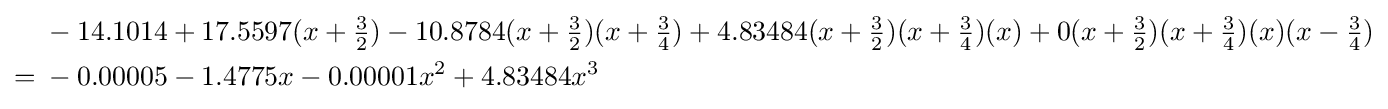
{\begin{aligned}&-14.1014+17.5597(x+{\tfrac {3}{2}})-10.8784(x+{\tfrac {3}{2}})(x+{\tfrac {3}{4}})+4.83484(x+{\tfrac {3}{2}})(x+{\tfrac {3}{4}})(x)+0(x+{\tfrac {3}{2}})(x+{\tfrac {3}{4}})(x)(x-{\tfrac {3}{4}})\\={}&-0.00005-1.4775x-0.00001x^{2}+4.83484x^{3}\end{aligned}}